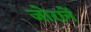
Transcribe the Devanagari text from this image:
जोरानें